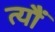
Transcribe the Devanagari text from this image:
त्‍यौं